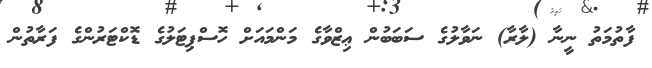
ފާތުމަތު ނީނާ (ލާރާ) ނަވާލުގެ ސަބަބުން ޢިޒްވާގެ މަންމައަށް ހޮސްޕިޓަލުގެ ޑޮކްޓަރުންގެ ފަރާތުން